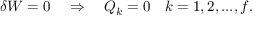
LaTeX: \delta W = 0 \quad \Rightarrow \quad Q _ { k } = 0 \quad k = 1 , 2 , . . . , f .